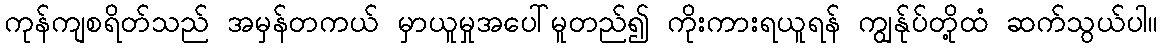
ကုန်ကျစရိတ်သည် အမှန်တကယ် မှာယူမှုအပေါ်မူတည်၍ ကိုးကားရယူရန် ကျွန်ုပ်တို့ထံ ဆက်သွယ်ပါ။